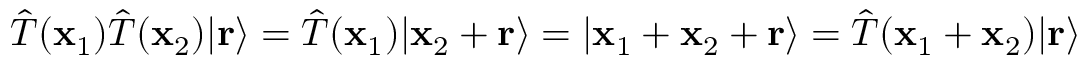
{ \hat { T } } ( \mathbf { x } _ { 1 } ) { \hat { T } } ( \mathbf { x } _ { 2 } ) | \mathbf { r } \rangle = { \hat { T } } ( \mathbf { x } _ { 1 } ) | \mathbf { x } _ { 2 } + \mathbf { r } \rangle = | \mathbf { x } _ { 1 } + \mathbf { x } _ { 2 } + \mathbf { r } \rangle = { \hat { T } } ( \mathbf { x } _ { 1 } + \mathbf { x } _ { 2 } ) | \mathbf { r } \rangle